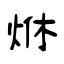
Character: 烌